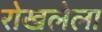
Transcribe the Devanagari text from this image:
रोखलेला